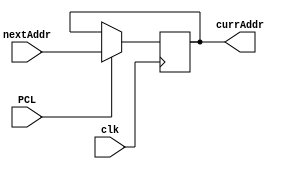
`timescale 1ns/1ns

module programCounter(clk, nextAddr, currAddr, PCL);
input [4:0] nextAddr;
input clk, PCL;
output reg [4:0] currAddr = 0;
	always@(posedge clk)begin
		if (PCL)
			currAddr <= nextAddr;
	end
endmodule